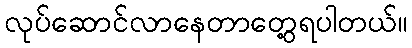
လုပ်ဆောင်လာနေတာတွေ့ရပါတယ်။